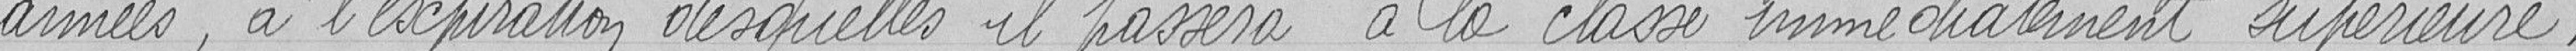
années, à l'expiration desquelles, il passera à la classe immédiatement supérieure.